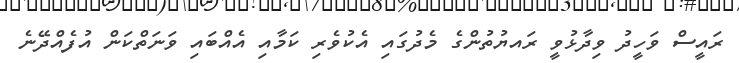
ރައީސް ވަހީދު ވިދާޅުވީ ރައޔުތުންގެ މެދުގައި އެކުވެރި ކަމާއި އެއްބައި ވަނަތްކަން އުފެއްދޭނެ